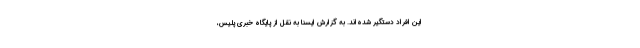
این افراد دستگیر شده‌اند. به گزارش ایسنا به نقل از پایگاه خبری پلیس،